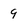
Character: 9